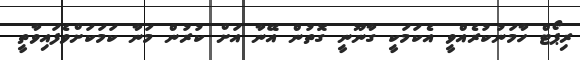
ރިޕޯޓް ހާމަނުކުރެއްވީ އެކަމަކީ ގާނޫނީ ގޮތުން އޭނާ އަށް ކުރުން މަނާ ކަމަކަށްވެފައިވާތީ